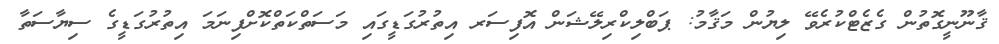
ޤާނޫނީގޮތުން ގެޒެޓްކުރެވޭ ލިޔުން މަޤާމު: ޕަބްލިކްރިލޭޝަން އޮފިސަރ އިތުރުގަޑީގައި މަސަތްކަތްކޮށްފިނަމަ އިތުރުގަޑީގެ ސިޔާސަތާ